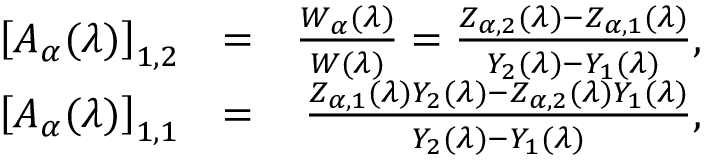
\begin{array} { r l r } { \left[ A _ { \boldsymbol { \alpha } } ( \lambda ) \right] _ { 1 , 2 } } & { = } & { \frac { W _ { \boldsymbol { \alpha } } ( \lambda ) } { W ( \lambda ) } = \frac { Z _ { \boldsymbol { \alpha } , 2 } ( \lambda ) - Z _ { \boldsymbol { \alpha } , 1 } ( \lambda ) } { Y _ { 2 } ( \lambda ) - Y _ { 1 } ( \lambda ) } , } \\ { \left[ A _ { \boldsymbol { \alpha } } ( \lambda ) \right] _ { 1 , 1 } } & { = } & { \frac { Z _ { \boldsymbol { \alpha } , 1 } ( \lambda ) Y _ { 2 } ( \lambda ) - Z _ { \boldsymbol { \alpha } , 2 } ( \lambda ) Y _ { 1 } ( \lambda ) } { Y _ { 2 } ( \lambda ) - Y _ { 1 } ( \lambda ) } , } \end{array}